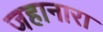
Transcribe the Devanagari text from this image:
जहानारा